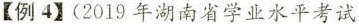
【例4】(2019年湖南省学业水平考试